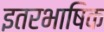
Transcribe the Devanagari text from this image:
इतरभाषिक